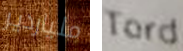
ملياردير Tord